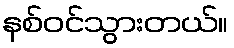
နစ်ဝင်သွားတယ်။